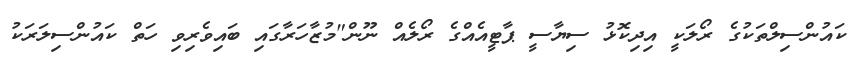
ކައުންސިލްތަކުގެ ރޯލަކީ އިދިކޮޅު ސިޔާސީ ޕާޓީއެއްގެ ރޯލެއް ނޫން"މުޒާހަރާގައި ބައިވެރިވި ހަތް ކައުންސިލަރަކު